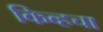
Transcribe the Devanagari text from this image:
किव्हचा